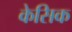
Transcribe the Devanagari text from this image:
केसिक